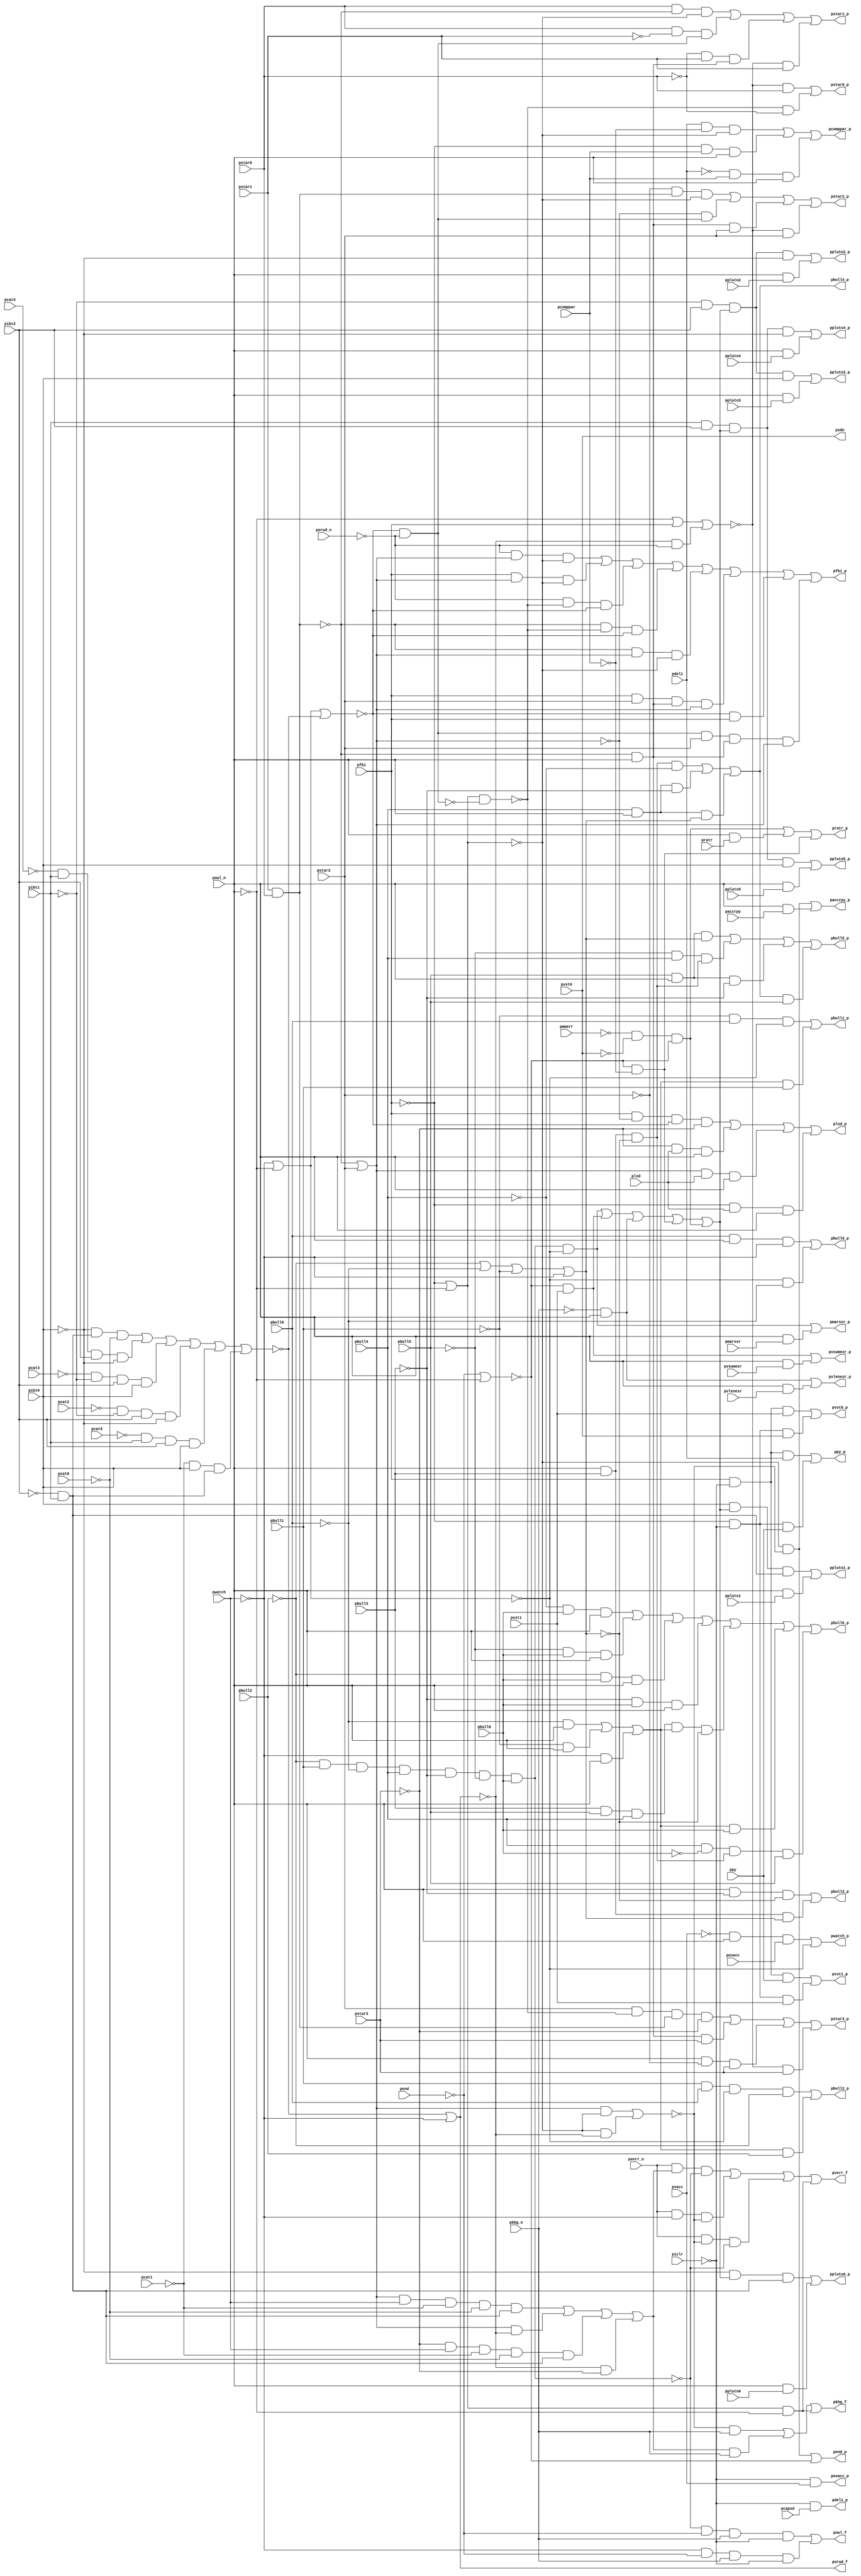
// Benchmark "top" written by ABC on Fri Mar 31 12:09:22 2023

module top ( 
    pdel1, pratr, pbull1, pbull0, pwatch, povacc, pverr_n, porwd_n,
    pvlenesr, pmmerr, paccrpy, pvacc, pcat4, pvst1, pcapsd, pcat3, pcat2,
    pcat1, plsd, pvst0, pcat0, pibt2, pkbg_n, pmarssr, pend, pvsumesr,
    pbull5, ppluto4, pstar2, pbull4, ppluto5, ppy, pstar3, pbull3,
    pcomppar, pibt1, pstar0, pbull2, pibt0, pstar1, ppluto0, pfbi, powl_n,
    ppluto1, piclr, ppluto2, pbull6, pcat5, ppluto3,
    pbull2_p, pend_p, pbull3_p, porwd_f, pbull4_p, ppluto3_p, pwatch_p,
    pbull5_p, pbull6_p, ppluto5_p, ppy_p, ppluto4_p, plsd_p, pvlenesr_p,
    pfbi_p, pstar1_p, pvsumesr_p, paccrpy_p, pkbg_f, pmarssr_p, pstar0_p,
    pstar3_p, pdel1_p, pstar2_p, pvst0_p, pcomppar_p, powl_f, psdo,
    pvst1_p, ppluto1_p, pratr_p, ppluto0_p, povacc_p, ppluto2_p, pbull0_p,
    pverr_f, pbull1_p  );
  input  pdel1, pratr, pbull1, pbull0, pwatch, povacc, pverr_n, porwd_n,
    pvlenesr, pmmerr, paccrpy, pvacc, pcat4, pvst1, pcapsd, pcat3, pcat2,
    pcat1, plsd, pvst0, pcat0, pibt2, pkbg_n, pmarssr, pend, pvsumesr,
    pbull5, ppluto4, pstar2, pbull4, ppluto5, ppy, pstar3, pbull3,
    pcomppar, pibt1, pstar0, pbull2, pibt0, pstar1, ppluto0, pfbi, powl_n,
    ppluto1, piclr, ppluto2, pbull6, pcat5, ppluto3;
  output pbull2_p, pend_p, pbull3_p, porwd_f, pbull4_p, ppluto3_p, pwatch_p,
    pbull5_p, pbull6_p, ppluto5_p, ppy_p, ppluto4_p, plsd_p, pvlenesr_p,
    pfbi_p, pstar1_p, pvsumesr_p, paccrpy_p, pkbg_f, pmarssr_p, pstar0_p,
    pstar3_p, pdel1_p, pstar2_p, pvst0_p, pcomppar_p, powl_f, psdo,
    pvst1_p, ppluto1_p, pratr_p, ppluto0_p, povacc_p, ppluto2_p, pbull0_p,
    pverr_f, pbull1_p;
  wire new_ndel1_, new_nratr_, new_nbull1_, new_nbull0_, new_nwatch_,
    new_novacc_, new_nverr_n_, new_norwd_n_, new_nvlenesr_, new_nmmerr_,
    new_naccrpy_, new_nvacc_, new_ncat4_, new_nvst1_, new_ncapsd_,
    new_ncat3_, new_ncat2_, new_ncat1_, new_nlsd_, new_nvst0_, new_ncat0_,
    new_nibt2_, new_nkbg_n_, new_nmarssr_, new_nend_, new_nvsumesr_,
    new_nbull5_, new_npluto4_, new_nstar2_, new_nbull4_, new_npluto5_,
    new_npy_, new_nstar3_, new_nbull3_, new_ncomppar_, new_nibt1_,
    new_nstar0_, new_nbull2_, new_nibt0_, new_nstar1_, new_npluto0_,
    new_nfbi_, new_nowl_n_, new_npluto1_, new_niclr_, new_npluto2_,
    new_nbull6_, new_ncat5_, new_npluto3_, new_naccrpy_p_, new_n_n119_,
    new_n_n111_, new_nvst1_p_, new_nstar2_p_, new_n_n87_, new_nbull4_p_,
    new_n_n147_, new_n_n118_, new_nkbg_f_, new_n_n103_, new_n_n96_,
    new_n_n86_, new_n_n80_, new_n_n148_, new_npluto3_p_, new_n_n125_,
    new_n_n102_, new_n_n94_, new_n_n88_, new_n_n81_, new_n_n149_,
    new_n_n131_, new_nowl_f_, new_nstar0_p_, new_n_n95_, new_nbull0_p_,
    new_nbull3_p_, new_n_n144_, new_npluto0_p_, new_n_n101_, new_n_n92_,
    new_n_n84_, new_nbull5_p_, new_n_n9_, new_n_n145_, new_n_n143_,
    new_n_n138_, new_n_n100_, new_n_n93_, new_nbull2_p_, new_n_n77_,
    new_nverr_f_, new_nstar1_p_, new_n_n91_, new_nbull1_p_, new_n_n78_,
    new_n_n146_, new_n_n99_, new_nstar3_p_, new_n_n85_, new_n_n79_,
    new_nmarssr_p_, new_n_n135_, new_npluto5_p_, new_n_n121_, new_n_n112_,
    new_nvst0_p_, new_n_n5_, new_n_n141_, new_npluto1_p_, new_n_n127_,
    new_nend_p_, new_novacc_p_, new_n_n106_, new_n_n6_, new_nratr_p_,
    new_n_n136_, new_n_n126_, new_n_n120_, new_n_n113_, new_n_n107_,
    new_n_n7_, new_n_n142_, new_n_n137_, new_norwd_f_, new_nfbi_p_,
    new_nwatch_p_, new_n_n108_, new_n_n8_, new_n_n150_, new_nvsumesr_p_,
    new_n_n132_, new_n_n130_, new_npy_p_, new_n_n115_, new_ncomppar_p_,
    new_n_n90_, new_n_n82_, new_n_n1_, new_nlsd_p_, new_n_n139_,
    new_n_n133_, new_npluto4_p_, new_n_n124_, new_n_n114_, new_ndel1_p_,
    new_n_n89_, new_n_n83_, new_n_n2_, new_nvlenesr_p_, new_npluto2_p_,
    new_n_n129_, new_n_n122_, new_n_n117_, new_n_n109_, new_n_n105_,
    new_n_n97_, new_n_n3_, new_n_n140_, new_n_n134_, new_n_n128_,
    new_n_n123_, new_n_n116_, new_n_n110_, new_n_n104_, new_n_n98_,
    new_n_n4_, new_n_n72_, new_n_n64_, new_n__1015_m__, new_n_n51_,
    new_n_n48_, new_nbull6_p_, new_n__219_m__, new_nc29g7_, new_n_n50_,
    new_n__1214_m__, new_n_n73_, new_n__42_m__, new_n_n58_, new_n_n53_,
    new_n_n49_, new_n_n74_, new_n_n63_, new_n_n59_, new_n_n52_,
    new_n__44_m__inv_, new_n_n0_, new_n_n75_, new_n_n43_, new_n_n32_,
    new_n_n21_, new_n_n10_, new_n_n76_, new_n_n42_, new_n_n33_, new_n_n20_,
    new_n_n11_, new_n_n41_, new_n_n30_, new_n_n23_, new_n_n12_, new_n_n40_,
    new_n_n31_, new_n_n22_, new_n_n13_, new_n_n57_, new_n__90_m__,
    new_n__226_m__, new_n_n36_, new_n_n25_, new_n_n14_, new_n_n56_,
    new_n__89_m__, new_n__873_m__, new_n_n37_, new_n_n24_, new_n_n15_,
    new_n_n67_, new_n_n61_, new_n_n45_, new_n_n34_, new_n_n27_, new_n_n16_,
    new_n_n66_, new_n_n62_, new_n_n44_, new_n_n35_, new_n_n26_, new_n_n17_,
    new_n_n68_, new_nc2g5_, new_ntimot_, new_n_n55_, new_n__2087_m__,
    new_n_n29_, new_n_n18_, new_n_n69_, new_n__260_m__, new_n_n60_,
    new_n_n54_, new_n__254_m__inv_, new_n_n28_, new_n_n19_, new_n_n70_,
    new_n__199_m__inv_, new_n__58_m__inv_, new_n__894_m__, new_n__80_m__,
    new_n_n47_, new_n_n38_, new_n_n71_, new_n_n65_, new_n__886_m__,
    new_nc1g3_, new_n__99_m__, new_n_n46_, new_n_n39_;
  assign pbull2_p = new_nbull2_p_;
  assign new_ndel1_ = pdel1;
  assign pend_p = new_nend_p_;
  assign pbull3_p = new_nbull3_p_;
  assign porwd_f = new_norwd_f_;
  assign pbull4_p = new_nbull4_p_;
  assign ppluto3_p = new_npluto3_p_;
  assign pwatch_p = new_nwatch_p_;
  assign pbull5_p = new_nbull5_p_;
  assign new_nratr_ = pratr;
  assign new_nbull1_ = pbull1;
  assign pbull6_p = new_nbull6_p_;
  assign ppluto5_p = new_npluto5_p_;
  assign ppy_p = new_npy_p_;
  assign new_nbull0_ = pbull0;
  assign new_nwatch_ = pwatch;
  assign new_novacc_ = povacc;
  assign new_nverr_n_ = pverr_n;
  assign ppluto4_p = new_npluto4_p_;
  assign plsd_p = new_nlsd_p_;
  assign pvlenesr_p = new_nvlenesr_p_;
  assign new_norwd_n_ = porwd_n;
  assign pfbi_p = new_nfbi_p_;
  assign new_nvlenesr_ = pvlenesr;
  assign pstar1_p = new_nstar1_p_;
  assign pvsumesr_p = new_nvsumesr_p_;
  assign paccrpy_p = new_naccrpy_p_;
  assign pkbg_f = new_nkbg_f_;
  assign pmarssr_p = new_nmarssr_p_;
  assign new_nmmerr_ = pmmerr;
  assign pstar0_p = new_nstar0_p_;
  assign new_naccrpy_ = paccrpy;
  assign pstar3_p = new_nstar3_p_;
  assign pdel1_p = new_ndel1_p_;
  assign pstar2_p = new_nstar2_p_;
  assign new_nvacc_ = pvacc;
  assign new_ncat4_ = pcat4;
  assign new_nvst1_ = pvst1;
  assign new_ncapsd_ = pcapsd;
  assign new_ncat3_ = pcat3;
  assign new_ncat2_ = pcat2;
  assign pvst0_p = new_nvst0_p_;
  assign new_ncat1_ = pcat1;
  assign new_nlsd_ = plsd;
  assign new_nvst0_ = pvst0;
  assign new_ncat0_ = pcat0;
  assign pcomppar_p = new_ncomppar_p_;
  assign new_nibt2_ = pibt2;
  assign new_nkbg_n_ = pkbg_n;
  assign powl_f = new_nowl_f_;
  assign new_nmarssr_ = pmarssr;
  assign psdo = new_nvst0_;
  assign new_nend_ = pend;
  assign pvst1_p = new_nvst1_p_;
  assign new_nvsumesr_ = pvsumesr;
  assign new_nbull5_ = pbull5;
  assign ppluto1_p = new_npluto1_p_;
  assign new_npluto4_ = ppluto4;
  assign new_nstar2_ = pstar2;
  assign new_nbull4_ = pbull4;
  assign new_npluto5_ = ppluto5;
  assign new_npy_ = ppy;
  assign new_nstar3_ = pstar3;
  assign new_nbull3_ = pbull3;
  assign new_ncomppar_ = pcomppar;
  assign new_nibt1_ = pibt1;
  assign pratr_p = new_nratr_p_;
  assign new_nstar0_ = pstar0;
  assign new_nbull2_ = pbull2;
  assign new_nibt0_ = pibt0;
  assign ppluto0_p = new_npluto0_p_;
  assign new_nstar1_ = pstar1;
  assign new_npluto0_ = ppluto0;
  assign new_nfbi_ = pfbi;
  assign povacc_p = new_novacc_p_;
  assign new_nowl_n_ = powl_n;
  assign new_npluto1_ = ppluto1;
  assign ppluto2_p = new_npluto2_p_;
  assign pbull0_p = new_nbull0_p_;
  assign new_niclr_ = piclr;
  assign new_npluto2_ = ppluto2;
  assign pverr_f = new_nverr_f_;
  assign pbull1_p = new_nbull1_p_;
  assign new_nbull6_ = pbull6;
  assign new_ncat5_ = pcat5;
  assign new_npluto3_ = ppluto3;
  assign new_naccrpy_p_ = new_n_n121_ | new_n_n146_;
  assign new_n_n119_ = new_n_n40_ & new_n_n9_ & new_n_n35_;
  assign new_n_n111_ = new_n_n2_ & new_nkbg_n_;
  assign new_nvst1_p_ = new_n_n102_ | new_n_n103_;
  assign new_nstar2_p_ = new_n_n92_ | new_n_n94_ | new_n_n93_ | new_n_n95_;
  assign new_n_n87_ = new_n_n20_ & new_n_n42_;
  assign new_nbull4_p_ = new_n_n79_ | new_n_n78_ | new_n_n77_;
  assign new_n_n147_ = new_nfbi_ & new_n_n6_ & new_n_n35_ & new_n_n14_;
  assign new_n_n118_ = new_n_n37_ & new_n_n9_ & new_n_n35_;
  assign new_nkbg_f_ = new_n_n111_ | new_n_n110_ | new_n_n109_;
  assign new_n_n103_ = new_n__89_m__ & new_nvst1_;
  assign new_n_n96_ = new_nstar0_ & new_n_n37_ & new_n_n13_;
  assign new_n_n86_ = new_nbull0_ & new_nowl_n_ & new_n_n41_;
  assign new_n_n80_ = new_nowl_n_ & new_n_n16_ & new_n_n45_;
  assign new_n_n148_ = new_nc2g5_ & new_nlsd_ & new_nowl_n_;
  assign new_npluto3_p_ = new_n_n130_ | new_n_n131_;
  assign new_n_n125_ = new_n_n41_ & new_n_n19_ & new_nkbg_n_ & new_n_n34_;
  assign new_n_n102_ = new_n__90_m__ & new_npy_;
  assign new_n_n94_ = new_n_n6_ & new_n__99_m__;
  assign new_n_n88_ = new_nstar2_ & new_n_n9_ & new_n__80_m__ & new_n_n14_;
  assign new_n_n81_ = new_nowl_n_ & new_nbull3_ & new_n__226_m__;
  assign new_n_n149_ = new_n_n14_ & new_nlsd_ & new_nowl_n_;
  assign new_n_n131_ = new_nowl_n_ & new_npluto3_;
  assign new_nowl_f_ = new_n_n124_ | new_n_n125_;
  assign new_nstar0_p_ = new_n_n100_ | new_n_n101_;
  assign new_n_n95_ = new_n_n7_ & new_nstar2_;
  assign new_nbull0_p_ = new_n_n86_ | new_n_n87_;
  assign new_nbull3_p_ = new_n_n80_ | new_n_n81_;
  assign new_n_n144_ = new_nverr_n_ & new_n_n2_ & new_n_n0_;
  assign new_npluto0_p_ = new_n_n136_ | new_n_n137_;
  assign new_n_n101_ = new_n_n9_ & new_n_n5_;
  assign new_n_n92_ = new_n_n8_ & new_n__80_m__ & new_n_n13_;
  assign new_n_n84_ = new_n_n43_ & new_nbull0_ & new_n_n20_;
  assign new_nbull5_p_ = new_n_n73_ | new_n_n75_ | new_n_n74_ | new_n_n76_;
  assign new_n_n9_ = ~new_n__254_m__inv_;
  assign new_n_n145_ = new_nverr_n_ & new_n_n41_ & new_n_n2_;
  assign new_n_n143_ = new_nverr_n_ & new_n__42_m__ & new_n_n0_;
  assign new_n_n138_ = new_n_n22_ & new_nvst1_;
  assign new_n_n100_ = new_n_n7_ & new_nstar0_;
  assign new_n_n93_ = new_n__2087_m__ & new_nstar2_;
  assign new_nbull2_p_ = new_n_n82_ | new_n_n83_;
  assign new_n_n77_ = new_nbull4_ & new_nowl_n_ & new_n__226_m__;
  assign new_nverr_f_ = new_n_n143_ | new_n_n145_ | new_n_n144_ | new_n_n109_;
  assign new_nstar1_p_ = new_n_n96_ | new_n_n98_ | new_n_n97_ | new_n_n99_;
  assign new_n_n91_ = new_n_n7_ & new_nstar3_;
  assign new_nbull1_p_ = new_n_n84_ | new_n_n85_;
  assign new_n_n78_ = new_nbull4_ & new_nowl_n_ & new_n_n16_;
  assign new_n_n146_ = new_nowl_n_ & new_naccrpy_;
  assign new_n_n99_ = new_n_n7_ & new_nstar1_;
  assign new_nstar3_p_ = new_n_n88_ | new_n_n90_ | new_n_n89_ | new_n_n91_;
  assign new_n_n85_ = new_n__1214_m__ & new_nbull1_;
  assign new_n_n79_ = new_n__873_m__ & new_n_n10_;
  assign new_nmarssr_p_ = new_n_n59_ | new_n_n141_;
  assign new_n_n135_ = new_nowl_n_ & new_npluto1_;
  assign new_npluto5_p_ = new_n_n126_ | new_n_n127_;
  assign new_n_n121_ = new_n_n13_ & new_n_n2_;
  assign new_n_n112_ = new_n_n1_ & new_nowl_n_ & new_novacc_;
  assign new_nvst0_p_ = new_n_n104_ | new_n_n105_;
  assign new_n_n5_ = ~new_nstar0_;
  assign new_n_n141_ = new_nowl_n_ & new_nmarssr_;
  assign new_npluto1_p_ = new_n_n134_ | new_n_n135_;
  assign new_n_n127_ = new_nowl_n_ & new_npluto5_;
  assign new_nend_p_ = new_n_n121_ | new_n_n22_;
  assign new_novacc_p_ = new_n_n34_ & new_nvacc_;
  assign new_n_n106_ = new_n_n3_ & new_ncomppar_ & new_nowl_n_;
  assign new_n_n6_ = ~new_nc2g5_;
  assign new_nratr_p_ = new_n__886_m__ | new_n_n142_ | new_n_n58_;
  assign new_n_n136_ = new_n_n31_ & new_n__1015_m__ & new_n__894_m__;
  assign new_n_n126_ = new_nibt1_ & new_nibt2_ & new_n__1015_m__ & new_nibt0_;
  assign new_n_n120_ = new_n_n35_ & new_nfbi_;
  assign new_n_n113_ = new_n__99_m__ & new_nstar2_ & new_n__2087_m__ & new_nc2g5_;
  assign new_n_n107_ = new_n_n33_ & new_ncomppar_ & new_nowl_n_;
  assign new_n_n7_ = ~new_n__44_m__inv_;
  assign new_n_n142_ = new_nowl_n_ & new_nratr_;
  assign new_n_n137_ = new_nowl_n_ & new_npluto0_;
  assign new_norwd_f_ = new_n_n12_ | new_n_n41_;
  assign new_nfbi_p_ = new_n_n117_ | new_n_n116_ | new_n_n119_ | new_n_n118_ | new_n_n115_ | new_n_n114_ | new_n_n120_ | new_n_n113_;
  assign new_nwatch_p_ = new_n_n112_ | new_n_n20_;
  assign new_n_n108_ = new_ndel1_ & new_n_n21_ & new_n_n13_;
  assign new_n_n8_ = ~new_nstar2_;
  assign new_n_n150_ = new_n_n33_ & new_nlsd_ & new_nowl_n_;
  assign new_nvsumesr_p_ = new_n_n138_ | new_n_n139_;
  assign new_n_n132_ = new_n_n30_ & new_nibt2_ & new_n__1015_m__ & new_n_n31_;
  assign new_n_n130_ = new_n_n30_ & new_nibt2_ & new_n__1015_m__ & new_nibt0_;
  assign new_npy_p_ = new_n_n122_ | new_n_n123_;
  assign new_n_n115_ = new_n_n37_ & new_nc2g5_ & new_n_n13_;
  assign new_ncomppar_p_ = new_n_n108_ | new_n_n107_ | new_n_n106_;
  assign new_n_n90_ = new_n__2087_m__ & new_nstar3_;
  assign new_n_n82_ = new_nbull1_ & new_nbull0_ & new_n_n20_ & new_n_n44_;
  assign new_n_n1_ = ~new_nvacc_;
  assign new_nlsd_p_ = new_n_n147_ | new_n_n149_ | new_n_n148_ | new_n_n150_;
  assign new_n_n139_ = new_nowl_n_ & new_nvsumesr_;
  assign new_n_n133_ = new_nowl_n_ & new_npluto2_;
  assign new_npluto4_p_ = new_n_n128_ | new_n_n129_;
  assign new_n_n124_ = new_n_n0_ & new_n_n19_ & new_nkbg_n_ & new_n_n34_;
  assign new_n_n114_ = new_nfbi_ & new_nstar2_ & new_n__2087_m__ & new_nc2g5_;
  assign new_ndel1_p_ = new_n_n34_ & new_ncapsd_;
  assign new_n_n89_ = new_nowl_n_ & new_n_n8_ & new_nstar3_;
  assign new_n_n83_ = new_n__1214_m__ & new_nbull2_;
  assign new_n_n2_ = ~new_n__199_m__inv_;
  assign new_nvlenesr_p_ = new_n_n56_ | new_n_n140_;
  assign new_npluto2_p_ = new_n_n132_ | new_n_n133_;
  assign new_n_n129_ = new_nowl_n_ & new_npluto4_;
  assign new_n_n122_ = new_n__90_m__ & new_ndel1_;
  assign new_n_n117_ = new_n_n40_ & new_nc2g5_ & new_n_n13_;
  assign new_n_n109_ = new_n__219_m__ & new_n_n38_;
  assign new_n_n105_ = new_n__89_m__ & new_nvst0_;
  assign new_n_n97_ = new_n_n5_ & new_nstar1_ & new_n__2087_m__;
  assign new_n_n3_ = ~new_ndel1_;
  assign new_n_n140_ = new_nowl_n_ & new_nvlenesr_;
  assign new_n_n134_ = new_nibt0_ & new_n__1015_m__ & new_n__894_m__;
  assign new_n_n128_ = new_nibt1_ & new_nibt2_ & new_n__1015_m__ & new_n_n31_;
  assign new_n_n123_ = new_n__89_m__ & new_npy_;
  assign new_n_n116_ = new_nfbi_ & new_nc2g5_ & new_n_n13_;
  assign new_n_n110_ = new_n__42_m__ & new_nkbg_n_;
  assign new_n_n104_ = new_n__90_m__ & new_nvst1_;
  assign new_n_n98_ = new_nstar0_ & new_n_n4_ & new_n__99_m__;
  assign new_n_n4_ = ~new_nstar1_;
  assign new_n_n72_ = new_n__1214_m__ & new_nbull6_;
  assign new_n_n64_ = new_nc2g5_ & new_n_n13_;
  assign new_n__1015_m__ = new_n_n59_ | new_n_n57_ | new_n_n56_ | new_n_n58_ | new_n__886_m__;
  assign new_n_n51_ = new_n_n29_ & new_n_n30_ & new_nibt2_ & new_nibt0_;
  assign new_n_n48_ = new_n_n42_ & new_nowl_n_;
  assign new_nbull6_p_ = new_n_n69_ | new_n_n68_ | new_n_n71_ | new_n_n70_ | new_n_n66_ | new_n_n72_ | new_n_n67_;
  assign new_n__219_m__ = new_n_n33_ | new_n_n38_;
  assign new_nc29g7_ = new_n_n41_ | new_n_n38_;
  assign new_n_n50_ = new_n_n32_ & new_n_n30_ & new_nibt2_ & new_n_n31_;
  assign new_n__1214_m__ = new_n_n48_ | new_n_n47_ | new_n_n46_;
  assign new_n_n73_ = new_nbull5_ & new_nowl_n_ & new_n__226_m__;
  assign new_n__42_m__ = new_n_n60_ | new_n_n62_ | new_n_n61_ | new_n_n63_;
  assign new_n_n58_ = new_n_n22_ & new_n_n21_;
  assign new_n_n53_ = new_n_n27_ & new_nibt1_ & new_nibt2_ & new_nibt0_;
  assign new_n_n49_ = new_n_n39_ & new_n_n40_;
  assign new_n_n74_ = new_nbull5_ & new_nowl_n_ & new_n_n16_;
  assign new_n_n63_ = new_n_n39_ & new_n_n14_;
  assign new_n_n59_ = new_ntimot_ & new_n_n20_;
  assign new_n_n52_ = new_n_n28_ & new_nibt1_ & new_nibt2_ & new_n_n31_;
  assign new_n__44_m__inv_ = new_n_n38_ | new_nfbi_ | new_n_n49_;
  assign new_n_n0_ = ~new_ntimot_;
  assign new_n_n75_ = new_n_n15_ & new_nbull4_ & new_n__873_m__;
  assign new_n_n43_ = ~new_nbull1_;
  assign new_n_n32_ = ~new_ncat2_;
  assign new_n_n21_ = ~new_ncomppar_;
  assign new_n_n10_ = ~new_nbull4_;
  assign new_n_n76_ = new_nbull4_p_ & new_nbull5_;
  assign new_n_n42_ = ~new_nbull0_;
  assign new_n_n33_ = ~new_nfbi_;
  assign new_n_n20_ = ~new_nc29g7_;
  assign new_n_n11_ = ~new_nbull6_;
  assign new_n_n41_ = ~new_nwatch_;
  assign new_n_n30_ = ~new_nibt1_;
  assign new_n_n23_ = ~new_nkbg_n_;
  assign new_n_n12_ = ~new_nc1g3_;
  assign new_n_n40_ = ~new_norwd_n_;
  assign new_n_n31_ = ~new_nibt0_;
  assign new_n_n22_ = ~new_n__58_m__inv_;
  assign new_n_n13_ = ~new_n__219_m__;
  assign new_n_n57_ = new_nvst1_ & new_n_n22_;
  assign new_n__90_m__ = new_nfbi_ & new_n_n34_;
  assign new_n__226_m__ = new_n_n44_ | new_n_n42_ | new_n_n43_ | new_n_n41_;
  assign new_n_n36_ = ~new_n__99_m__;
  assign new_n_n25_ = ~new_ncat1_;
  assign new_n_n14_ = ~new_nstar3_;
  assign new_n_n56_ = new_n_n23_ & new_nowl_n_;
  assign new_n__89_m__ = new_n_n33_ & new_n_n34_;
  assign new_n__873_m__ = new_nowl_n_ & new_nbull3_ & new_n_n45_;
  assign new_n_n37_ = ~new_n__80_m__;
  assign new_n_n24_ = ~new_nibt2_;
  assign new_n_n15_ = ~new_nbull5_;
  assign new_n_n67_ = new_nbull4_ & new_n_n11_ & new_n__873_m__ & new_nbull5_;
  assign new_n_n61_ = new_n_n14_ & new_nwatch_ & new_n_n25_ & new_n_n26_ & new_n__894_m__;
  assign new_n_n45_ = ~new_n__226_m__;
  assign new_n_n34_ = ~new_niclr_;
  assign new_n_n27_ = ~new_ncat5_;
  assign new_n_n16_ = ~new_nbull3_;
  assign new_n_n66_ = new_nbull3_ & new_nbull5_ & new_nbull4_ & new_n__1214_m__ & new_n_n45_;
  assign new_n_n62_ = new_nc2g5_ & new_n_n39_;
  assign new_n_n44_ = ~new_nbull2_;
  assign new_n_n35_ = ~new_n__260_m__;
  assign new_n_n26_ = ~new_ncat0_;
  assign new_n_n17_ = ~new_nvst0_;
  assign new_n_n68_ = new_n_n15_ & new_nbull6_ & new_nowl_n_;
  assign new_nc2g5_ = new_n_n37_ | new_nstar2_;
  assign new_ntimot_ = new_n_n44_ & new_nbull1_ & new_n_n42_ & new_nbull4_ & new_n_n16_ & new_n_n15_ & new_nbull6_;
  assign new_n_n55_ = new_n_n25_ & new_nibt0_ & new_n__894_m__;
  assign new_n__2087_m__ = new_n_n37_ & new_nowl_n_;
  assign new_n_n29_ = ~new_ncat3_;
  assign new_n_n18_ = ~new_nmmerr_;
  assign new_n_n69_ = new_n_n10_ & new_nbull6_ & new_nowl_n_;
  assign new_n__260_m__ = new_nc29g7_ | new_n_n12_;
  assign new_n_n60_ = new_nc2g5_ & new_nwatch_ & new_n_n25_ & new_n_n26_ & new_n__894_m__;
  assign new_n_n54_ = new_n_n31_ & new_n__894_m__ & new_n_n26_;
  assign new_n__254_m__inv_ = new_n__219_m__ & new_n_n36_;
  assign new_n_n28_ = ~new_ncat4_;
  assign new_n_n19_ = ~new_nend_;
  assign new_n_n70_ = new_n_n16_ & new_nbull6_ & new_nowl_n_;
  assign new_n__199_m__inv_ = new_n_n64_ | new_n_n65_;
  assign new_n__58_m__inv_ = new_n_n19_ | new_n_n38_;
  assign new_n__894_m__ = new_n_n24_ & new_nibt1_;
  assign new_n__80_m__ = new_nstar1_ & new_nstar0_;
  assign new_n_n47_ = new_n_n43_ & new_nowl_n_;
  assign new_n_n38_ = ~new_nowl_n_;
  assign new_n_n71_ = new_n_n44_ & new_nbull6_ & new_nowl_n_;
  assign new_n_n65_ = new_n_n13_ & new_n_n39_;
  assign new_n__886_m__ = new_n_n18_ & new_n_n17_ & new_n_n22_;
  assign new_nc1g3_ = new_n_n54_ | new_n_n52_ | new_n_n51_ | new_n_n50_ | new_n_n53_ | new_n_n55_;
  assign new_n__99_m__ = new_n_n35_ & new_n_n40_;
  assign new_n_n46_ = new_n_n41_ & new_nowl_n_;
  assign new_n_n39_ = ~new_norwd_f_;
endmodule